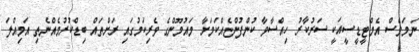
ނަމަވެސް އެމްޓީޑީސީއަކީ ސަރުކާރު ހިއްސާވާ ކުންފުންޏެއްކަަމަށާ މައުމޫންގެ ވެރިކަމުގައި ރަށްތައް ބިޑްކުރުމެއްނެތި އަމިއްލަ